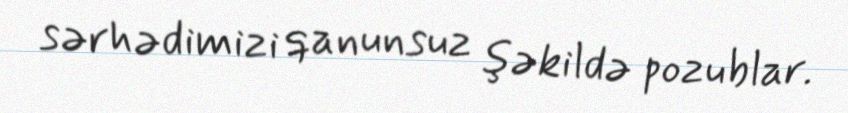
sərhədimizi qanunsuz şəkildə pozublar.